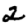
Digit: 2